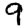
Digit: 9